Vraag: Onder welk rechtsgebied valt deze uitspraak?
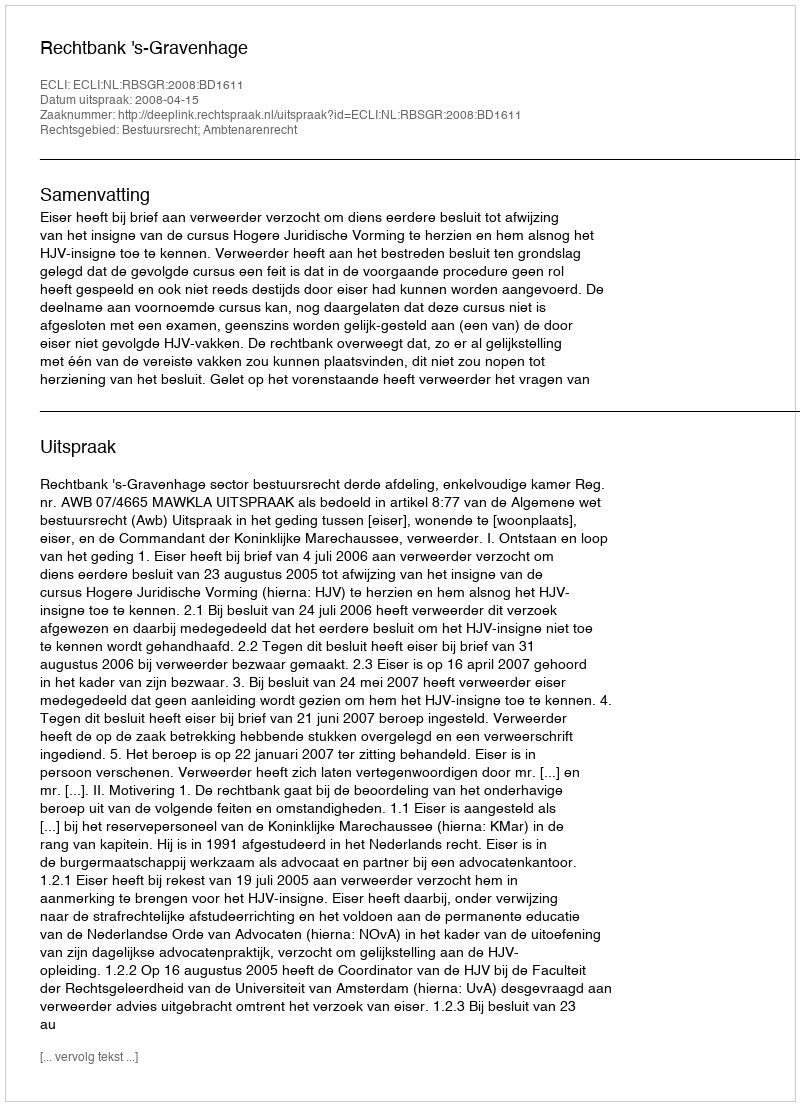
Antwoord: Bestuursrecht; Ambtenarenrecht